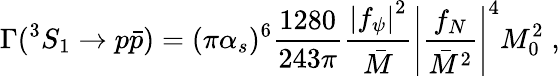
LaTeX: \Gamma(^{3}S_{1}\to p\bar{p})=(\pi\alpha_{s})^{6}{\frac{1280}{243\pi}}{\frac{{\vert f_{\psi}\vert}^{2}}{\bar{M}}}{\Bigg\vert{\frac{f_{N}}{{\bar{M}}^{2}}}\Bigg\vert}^{4}{M_{0}^{2}}\; ,